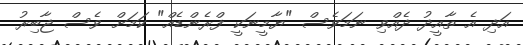
އަދި އެ ތާއީދު ދެއްވި ނަމަވެސް "ޔާމީނަކީ ފްރެންޑެއް" ކަމަށް ވެސް ޖާބިރު